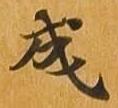
成